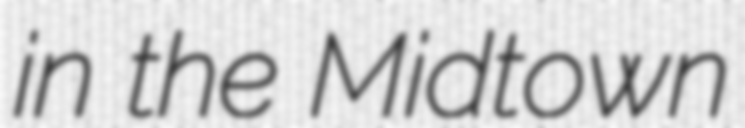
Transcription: in the Midtown